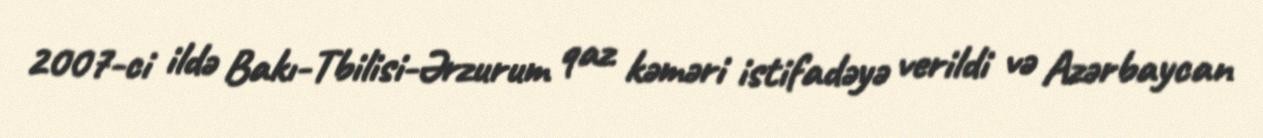
2007-ci ildə Bakı-Tbilisi-Ərzurum qaz kəməri istifadəyə verildi və Azərbaycan